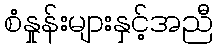
စံနှုန်းများနှင့်အညီ